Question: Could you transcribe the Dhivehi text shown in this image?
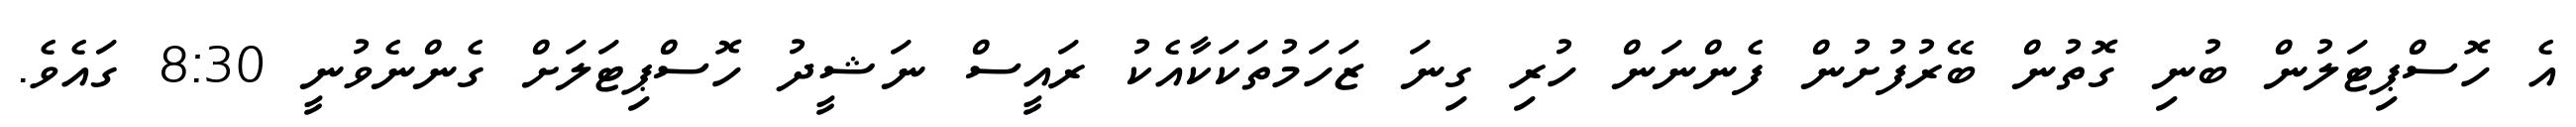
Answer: އެ ހޮސްޕިޓަލުން ބުނި ގޮތުން ބޭރުފުށުން ފެންނަން ހުރި ގިނަ ޒަހަމުތަކަކާއެކު ރައީސް ނަޝީދު ހޮސްޕިޓަލަށް ގެންނެވުނީ 8:30 ގައެވެ.